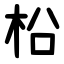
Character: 柗